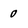
Character: 0